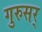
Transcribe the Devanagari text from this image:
गुरुसर्